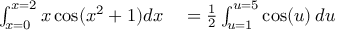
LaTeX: \begin{array} { r l } { \int _ { x = 0 } ^ { x = 2 } x \cos ( x ^ { 2 } + 1 ) d x } & { { } = { \frac { 1 } { 2 } } \int _ { u = 1 } ^ { u = 5 } \cos ( u ) \, d u } \end{array}